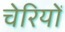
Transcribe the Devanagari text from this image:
चेरियों